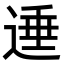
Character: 𨔠